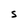
Character: s